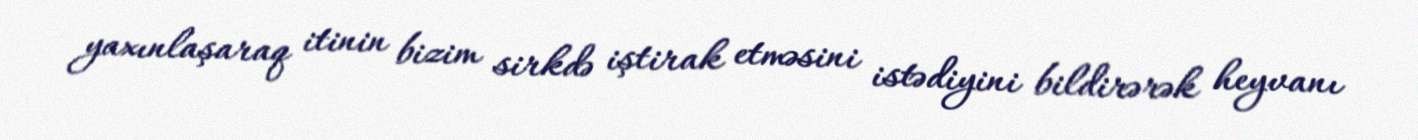
yaxınlaşaraq itinin bizim sirkdə iştirak etməsini istədiyini bildirərək heyvanı